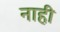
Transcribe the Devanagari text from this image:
नाही़